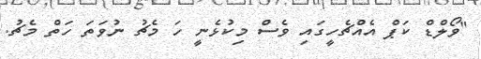
"ވޯލްޑް ކަޕް އެއްޗެހީގައި ވެސް މިކުޅެނީ ހަ މެޗު ނުވަތަ ހަތް މެޗު.